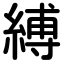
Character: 縛